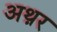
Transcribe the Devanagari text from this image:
अथ़र